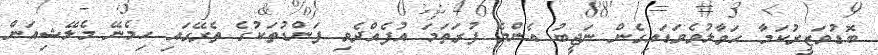
ބޮޑުވަޒީރުކަމާ ހަވާލުވެވަޑައިގެން ނަޖީބު އެންމެ ފުރަތަމަ އުފެއްދެވި ފަންޑުތަކުގެ ތެރޭގައި ހިމެނޭ މެލޭޝިއަން